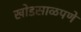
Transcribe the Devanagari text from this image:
खोडसाळपणे